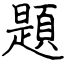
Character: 題